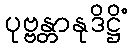
ပုဗ္ဗန္တာနုဒိဋ္ဌိံ